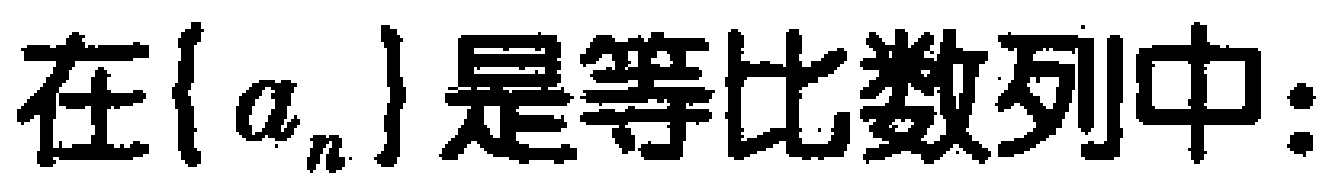
在\(\{ a_{n}\}\)是等比数列中：